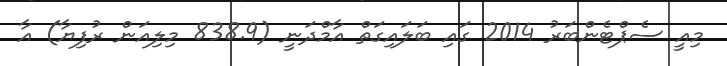
މިއީ ސެޕްޓެންބަރު 2014 ގައި ބަލައިގަތް އާމްދަނީ (838.9 މިލިއަން ރުފިޔާ) އާ